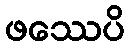
ဖဿေပိ